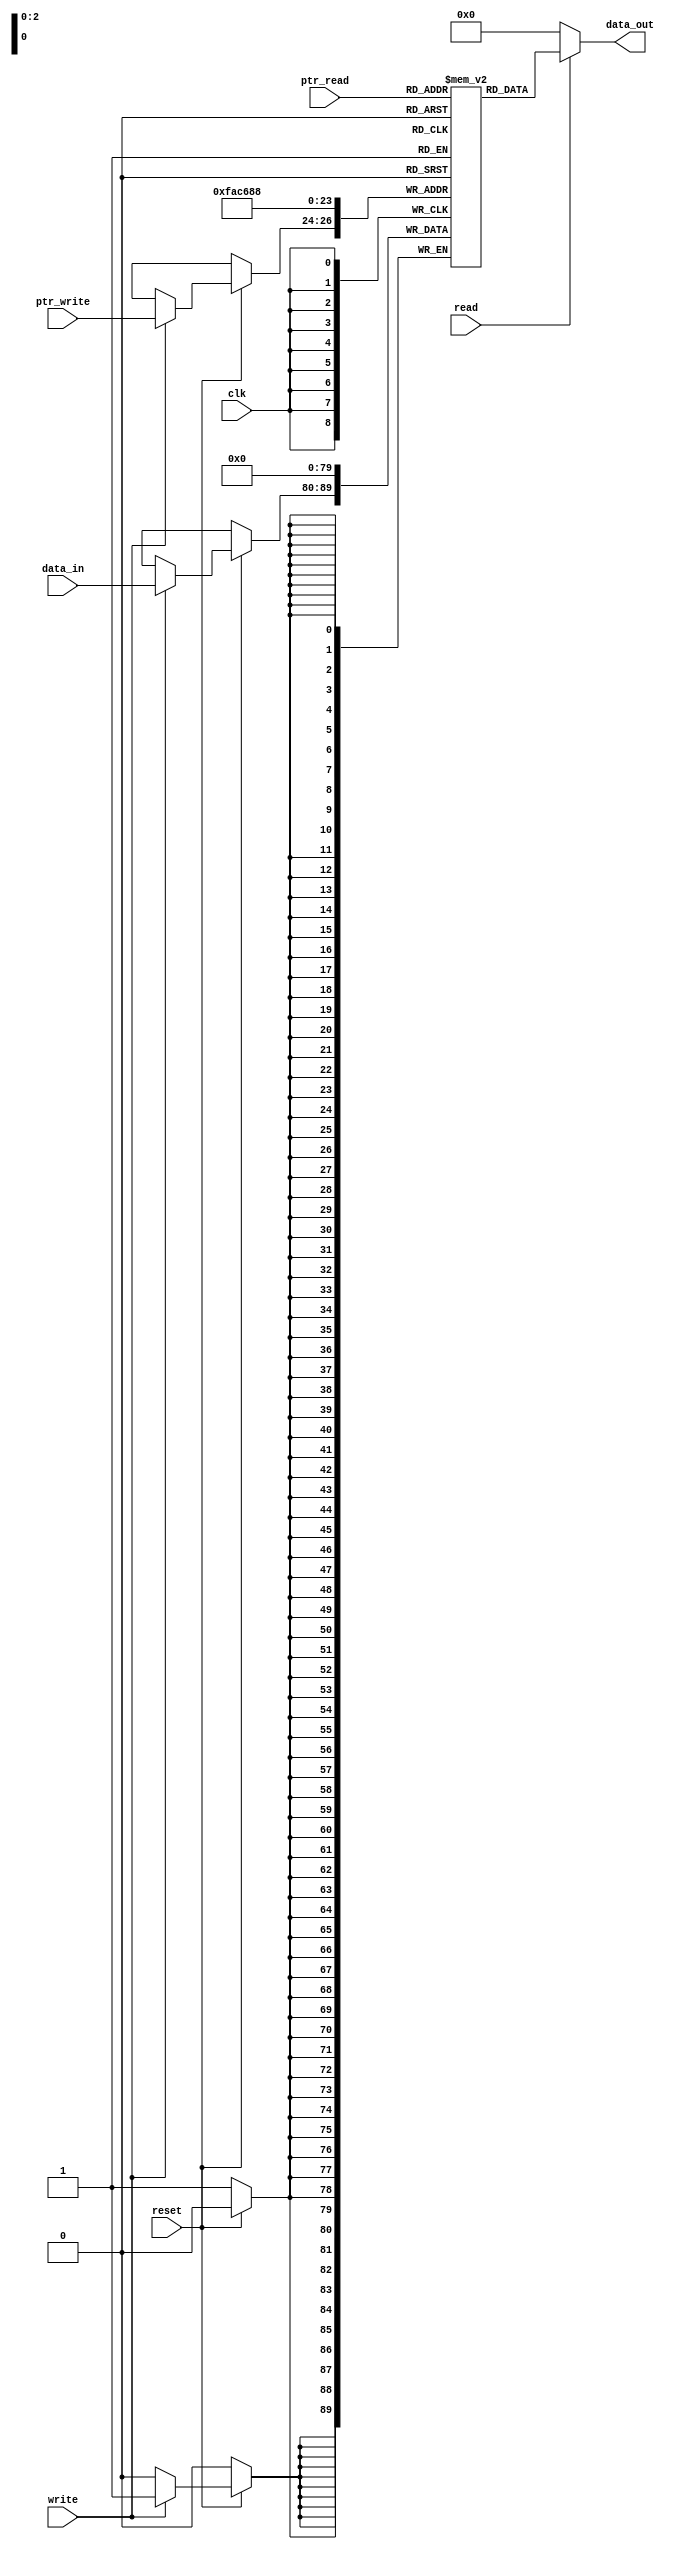
module memoria #(parameter BITNUMBER = 10,
			parameter LENGTH = 8)
(input [BITNUMBER-1:0] data_in,
	input [2:0] ptr_write,
	input [2:0] ptr_read,
	input reset, 
	input clk, 
	input read,
	input write,
	output reg [BITNUMBER-1:0] data_out);	

	reg [BITNUMBER-1:0] mem [LENGTH-1:0];
	integer k;

	always@(posedge clk) begin
		if(~reset) begin
			for(k = 0; k<LENGTH ; k = k+1 )begin 
				mem[k] <= 'b0; //Se pone en bajo las posiciones en la memoria
			end
		end else begin  
			  	if (write) mem[ptr_write] <= data_in;//Escribimos el dato de entrada en la posicion
				
		end
	end

	always@(*) begin
		data_out =0;
		if (read) data_out= mem[ptr_read];
	end


endmodule